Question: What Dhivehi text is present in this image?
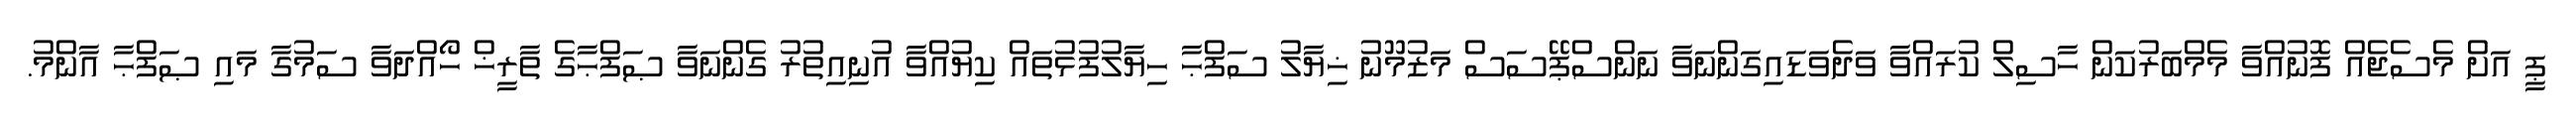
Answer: ޕީ އަށް މެސެޖެއް ފޮނުއްވާ މެމްބަރުކަން ހާސިލް ކުރައްވާ ވަދެވަޑައިގަންނަވާ ނަންސްޕޭސަސް މަޒުމޫނު ޚިޔާލު ސަފްޙާ ހިޔާލުފުޅުތައް ކިޔުއްވާ އުނިއިތުރު ގެންނަވާ ޞަފްޙާގެ ތާރީޚް ހޯއްދަވާ ސަމުގާ މައި ޞަފްޙާ އާންމު.